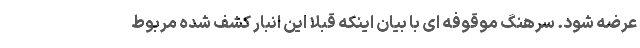
عرضه شود. سرهنگ موقوفه ای با بیان اینکه قبلا این انبار کشف شده مربوط